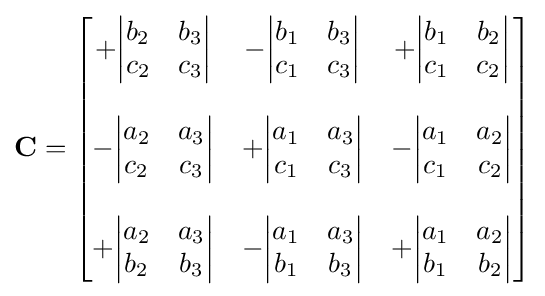
\mathbf {C} ={\begin{bmatrix}+{\begin{vmatrix}b_{2}&b_{3}\\c_{2}&c_{3}\end{vmatrix}}&-{\begin{vmatrix}b_{1}&b_{3}\\c_{1}&c_{3}\end{vmatrix}}&+{\begin{vmatrix}b_{1}&b_{2}\\c_{1}&c_{2}\end{vmatrix}}\\\\-{\begin{vmatrix}a_{2}&a_{3}\\c_{2}&c_{3}\end{vmatrix}}&+{\begin{vmatrix}a_{1}&a_{3}\\c_{1}&c_{3}\end{vmatrix}}&-{\begin{vmatrix}a_{1}&a_{2}\\c_{1}&c_{2}\end{vmatrix}}\\\\+{\begin{vmatrix}a_{2}&a_{3}\\b_{2}&b_{3}\end{vmatrix}}&-{\begin{vmatrix}a_{1}&a_{3}\\b_{1}&b_{3}\end{vmatrix}}&+{\begin{vmatrix}a_{1}&a_{2}\\b_{1}&b_{2}\end{vmatrix}}\end{bmatrix}}